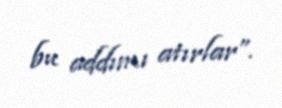
bu addımı atırlar”.